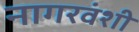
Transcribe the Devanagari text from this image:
नागरवंशी